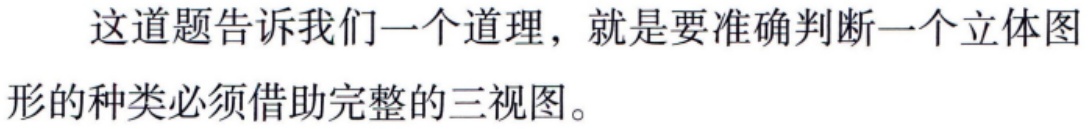
这道题告诉我们一个道理，就是要准确判断一个立体图形的种类必须借助完整的三视图。